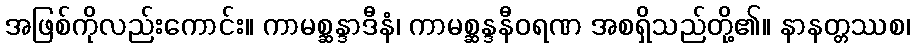
အဖြစ်ကိုလည်းကောင်း။ ကာမစ္ဆန္ဒာဒီနံ၊ ကာမစ္ဆန္ဒနီဝရဏ အစရှိသည်တို့၏။ နာနတ္တဿစ၊